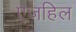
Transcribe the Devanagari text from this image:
एजहिल